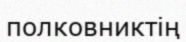
полковниктің